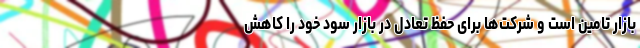
بازار تامین است و شرکت‌ها برای حفظ تعادل در بازار سود خود را کاهش